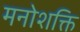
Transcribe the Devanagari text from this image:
मनोशक्ति